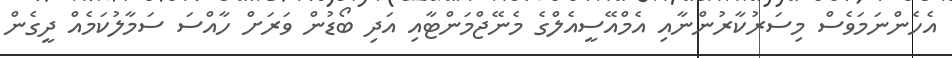
އެހެންނަމަވެސް މިސަރުކާރުންނާއި އެމްއޭސީއެލްގެ މެނޭޖްމަންޓާއި އަދި ބޯޑުން ވަރަށް ހާއްސަ ސަމާލުކަމެއް ދީގެން